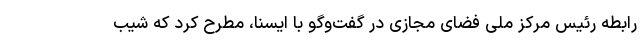
رابطه رئیس مرکز ملی فضای مجازی در گفت‌وگو با ایسنا، مطرح کرد که شیب